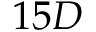
1 5 D